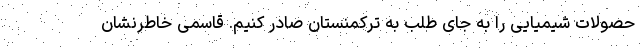
حصولات شیمیایی را به جای طلب به ترکمنستان صادر کنیم. قاسمی خاطرنشان